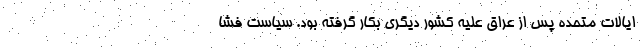
ایالات متحده پس از عراق علیه کشور دیگری بکار گرفته بود. سیاست فشا